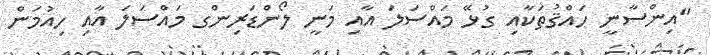
"އިންސާނީ ހައްޤުތަކާއި ގުޅޭ މައްސަލަ އާއި މަނީ ލޯންޑަރިންގ މައްސަލަ އާއި ހިއުމަން